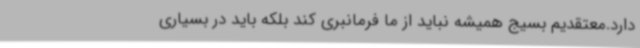
دارد.معتقدیم بسیج همیشه نباید از ما فرمانبری کند بلکه باید در بسیاری